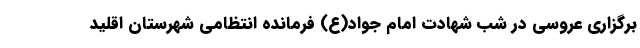
برگزاری عروسی در شب شهادت امام جواد(ع) فرمانده انتظامی شهرستان اقلید